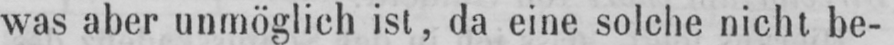
was aber unmöglich ist, da eine solche nicht be-